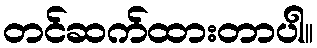
တင်ဆက်ထားတာပါ။